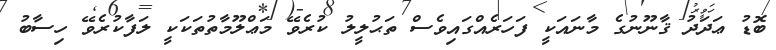
ބޮޑު ޢަދަދު ޤާނޫނުގެ މާނައަކީ ފަހަރެއްގައިވެސް ތަޙުލީލު ކުރެވޭ މަޢްލޫމާތުތަކަކީ ލަފާކުރެވޭ ހިސާބު